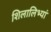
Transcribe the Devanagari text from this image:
शिलालिभ्यां